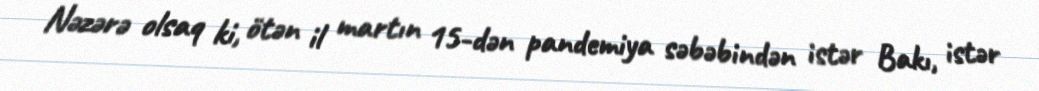
Nəzərə olsaq ki, ötən il martın 15-dən pandemiya səbəbindən istər Bakı, istər